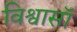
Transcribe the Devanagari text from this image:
विश्वासॉ